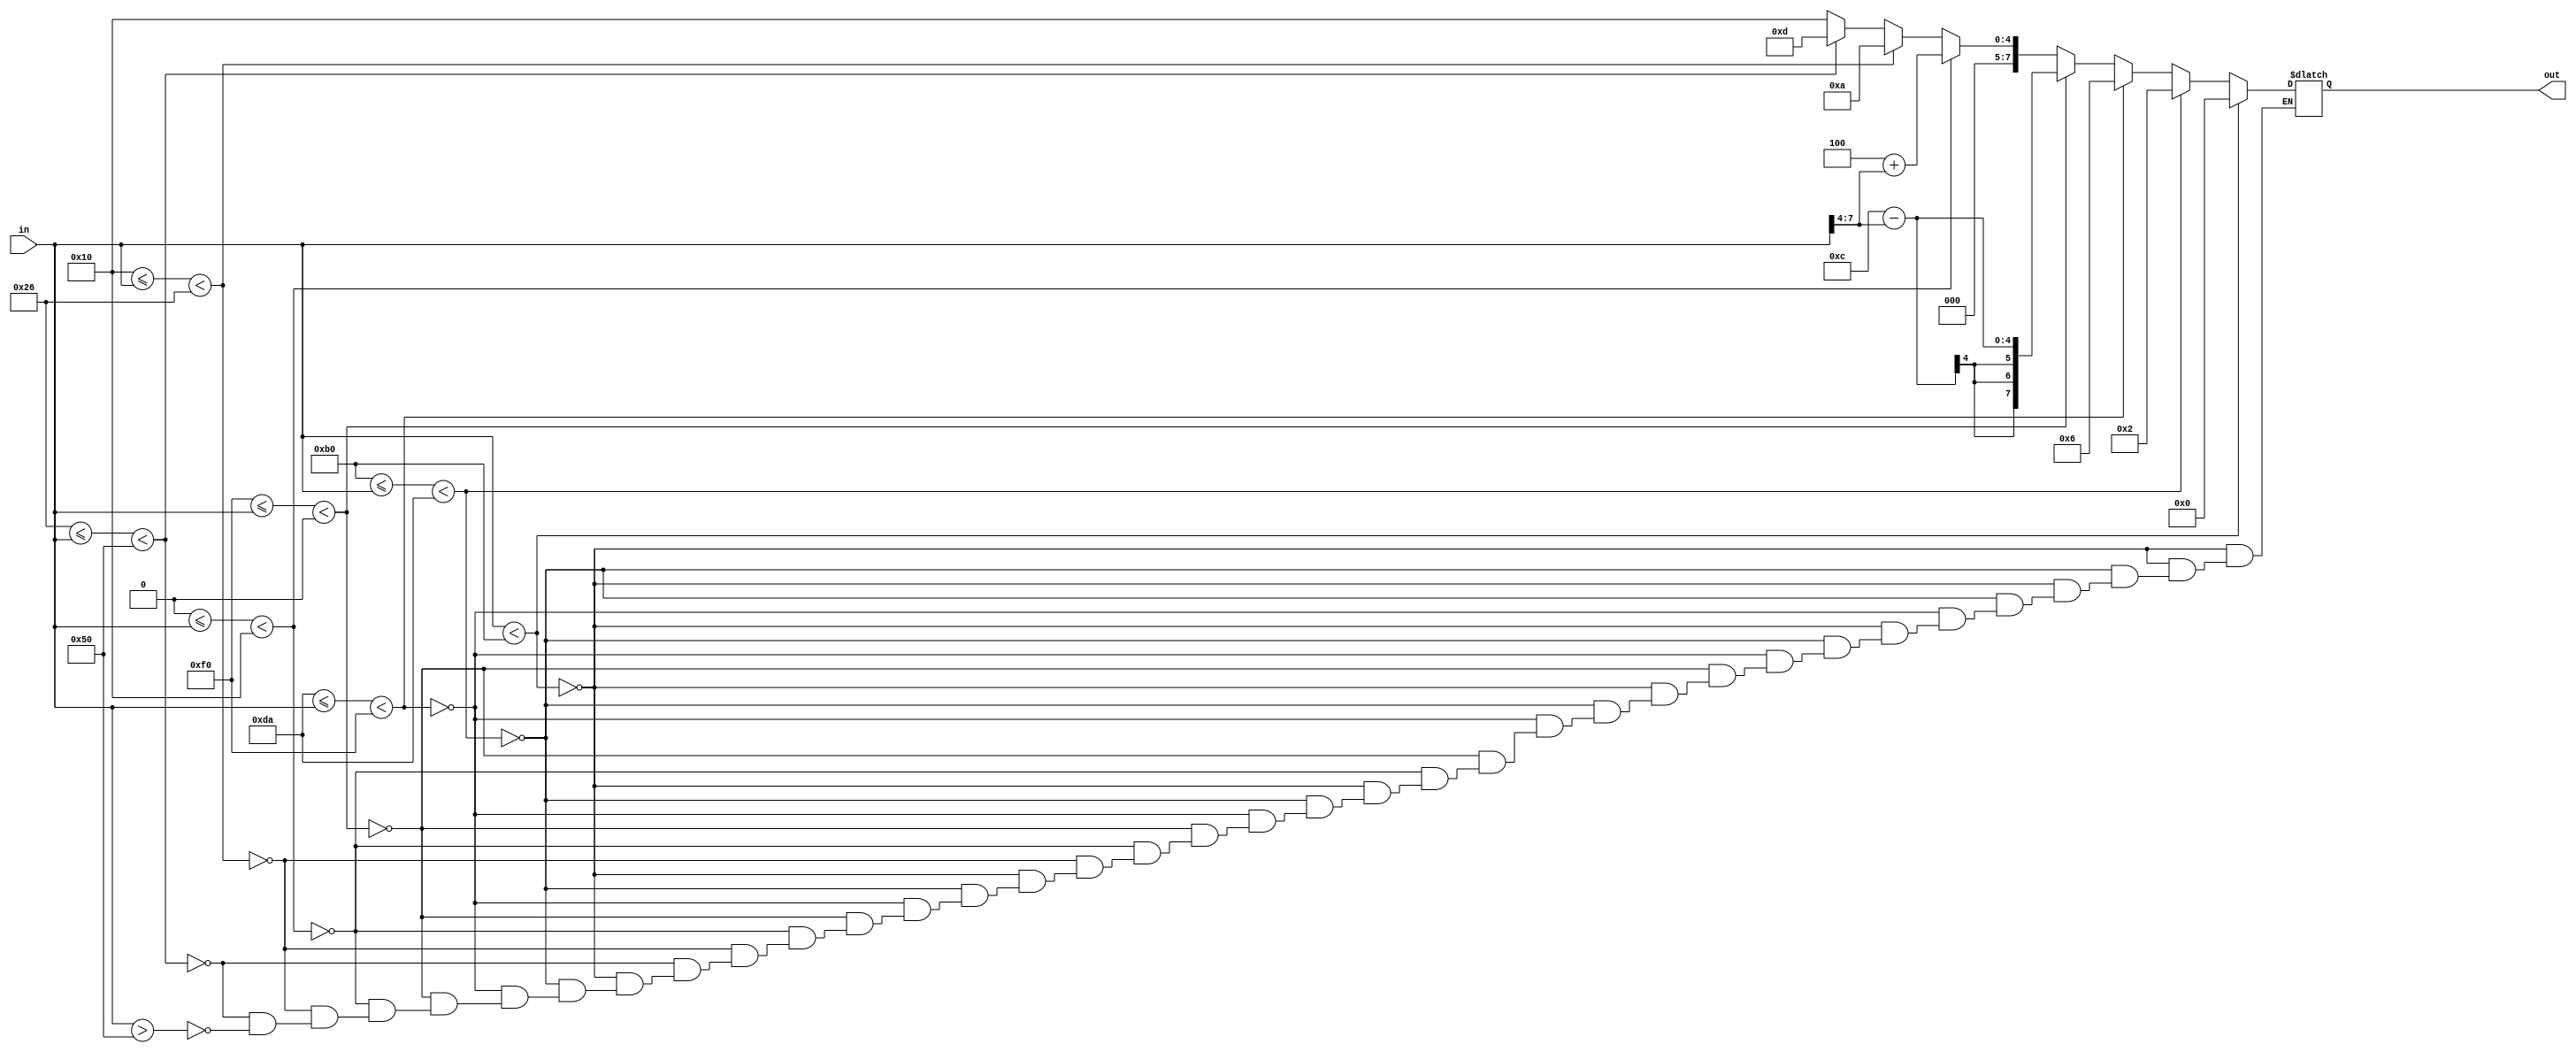
`timescale 1ns / 1ps
//////////////////////////////////////////////////////////////////////////////////
// Company: 
// Engineer: 
// 
// Design Name: 
// Module Name:    sigmoid 
// Project Name: 
// Target Devices: 
// Tool versions: 
// Description: 
//
// Dependencies: 
//
// Revision: 
// Revision 0.01 - File Created
// Additional Comments: 
//
//////////////////////////////////////////////////////////////////////////////////
module sigmoid#(parameter DATA_WIDTH = 8)
				   (input signed [DATA_WIDTH-1:0]in,
					 output reg signed [DATA_WIDTH-1:0]out
					 );

always@(*)
begin
if(in<8'b10110000)
 out = 8'b0;
else if(8'b10110000<=in<8'b11011010)
 out = 8'b00000010-(in>>>32);
else if(8'b11011010<=in<8'b11110000)
 out = 8'b00000110-(in>>>8);
else if(8'b11110000<=in<8'b0)
 out = 8'b00001100-(in>>>4);
else if(8'b0<=in<8'b00010000)
 out = 8'b00000100+(in>>>4);
else if(8'b00010000<=in<8'b00100110)
 out = 8'b00001010+(in>>>8);
else if(8'b00100110<=in<8'b01010000)
 out = 8'b00001101+(in>>>32);
else if(in>8'b01010000)
 out = 8'b00010000;
end
endmodule